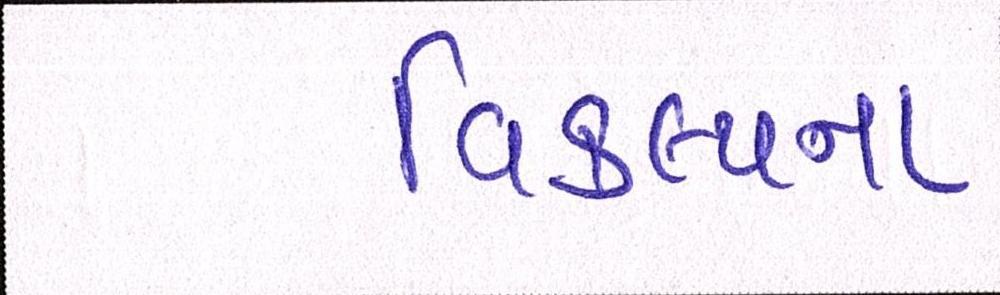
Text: વિકલ્પના